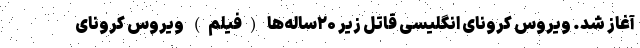
آغاز شد. ویروس کرونای انگلیسی قاتل زیر ۲۰ساله‌ها (فیلم) ویروس کرونای